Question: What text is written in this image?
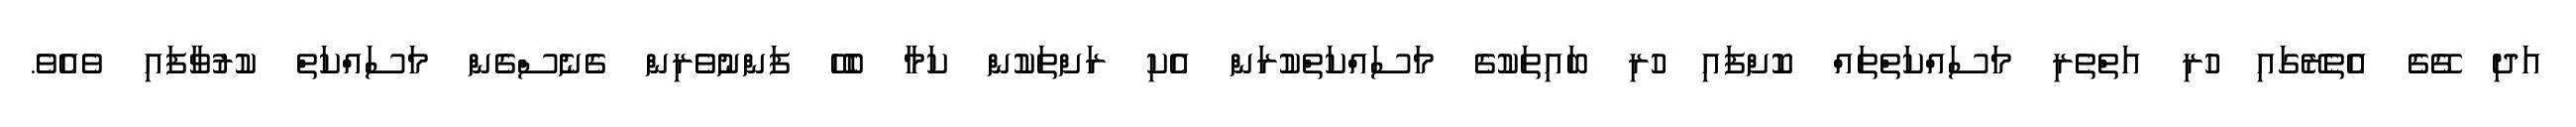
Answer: އަދި ގޭގެ އެތެރޭގައި ހުރި އަތްތެރި މަސައްކަތްތައް ކޮށްފައި ހުރި ބައިތަކުގެ މަސައްކަތްކުރަން އެކި ރަށްތަކުން ކަމާ ބެހޭ ފަންނުވެރިން ގެނެސްގެން މަސައްކަތް ކުރުވާފައި ވެއެވެ.